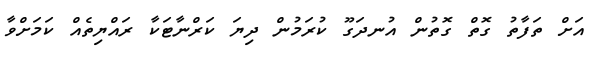
އަށް ތަފާތު ގޮތް ގޮތުން އުނދަގޫ ކުރަމުން ދިޔަ ކަރްނާޓަކާ ރައްޔިތެއް ކަމަށްވާ